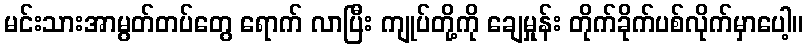
မင်းသားအာမွတ်တပ်တွေ ရောက် လာပြီး ကျုပ်တို့ကို ချေမှုန်း တိုက်ခိုက်ပစ်လိုက်မှာပေါ့။